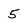
Character: 5